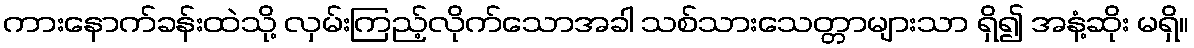
ကားနောက်ခန်းထဲသို့ လှမ်းကြည့်လိုက်သောအခါ သစ်သားသေတ္တာများသာ ရှိ၍ အနံ့ဆိုး မရှိ။